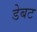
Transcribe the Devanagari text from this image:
डेबट